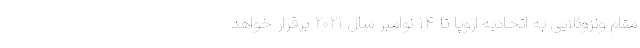
مقام ونزوئلایی به اتحادیه اروپا تا ۱۴ نوامبر سال ۲۰۲۱ برقرار خواهد